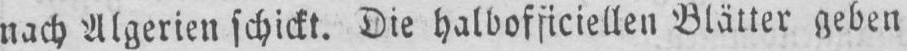
nach Algerien schickt. Die halbofficiellen Blätter geben